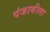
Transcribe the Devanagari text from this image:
पंजाबीला